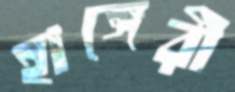
হাঙ্গেরী